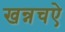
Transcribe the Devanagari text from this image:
खन्नचऐ